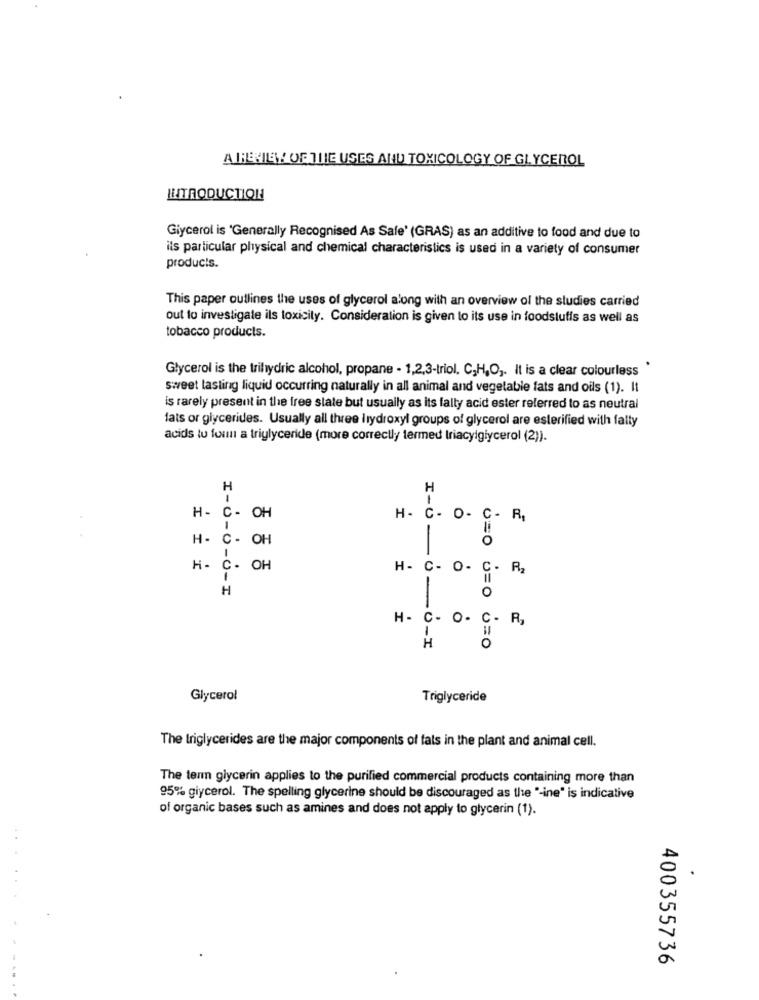
ATREMIAY! OF THE USES AND TOXICOLOGY OF GLYCEROL
INTRODUCTION
Glycerol is 'Generally Recognised As Safe' (GRAS) as an additive to food and due to
ils particular physical and chemical characteristics is used in a variety of consumer
products.
This paper outlines the uses of glycerol along with an overview of the studies carried
out to investigate ils toxicity. Consideration is given to its use in foodstuffs as well as
tobacco products.
Glycerol is the trihydric alcohol, propane - 1,2,3-triol, C,H,O ,. It is a clear colourless
sweet lasting liquid occurring naturally in all animal and vegetable fats and oils (1). It
is rarely present in the free state but usually as its fally acid ester referred to as neutral
fats or glycerides. Usually all three hydroxyl groups of glycerol are esterified with fatty
acids to form a triglyceride (more correctly termed triacyglycerol (2)).
H
H- C - OH
H. C. O- C- R,
H- C- OH
H- C. OH
H- C- O- C.
R2
H
U=0 U=0
· 8 - 1
I-0-0-0-I
0=0
Glycerol
Triglyceride
The triglycerides are the major components of fals in the plant and animal cell.
The term glycerin applies to the purified commercial products containing more than
95% giycerol. The spelling glycerine should be discouraged as the "-ine" is indicative
of organic bases such as amines and does not apply to glycerin (1).
400355736